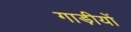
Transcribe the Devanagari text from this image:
गाड़ीयों